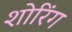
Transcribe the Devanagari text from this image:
शोरिंग